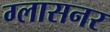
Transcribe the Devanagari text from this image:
ग्लासनर